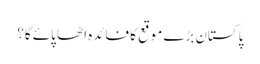
پاکستان بڑے موقع کا فائدہ اٹھا پائے گا؟